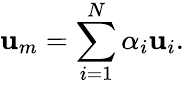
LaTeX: \mathbf{u}_{m}=\sum_{i=1}^{N}\alpha_{i}\mathbf{u}_{i}.